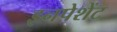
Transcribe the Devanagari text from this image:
इनपेशेंट